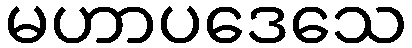
မဟာပဒေသေ